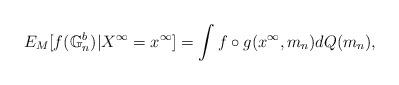
LaTeX: \begin{align*}E_M[f(\mathbb G^b_{n})|X^\infty=x^\infty]=\int f\circ g(x^\infty,m_n)dQ(m_n),\end{align*}